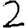
Digit: 2